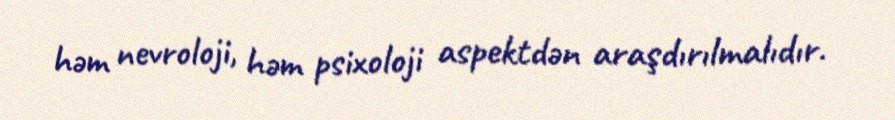
həm nevroloji, həm psixoloji aspektdən araşdırılmalıdır.